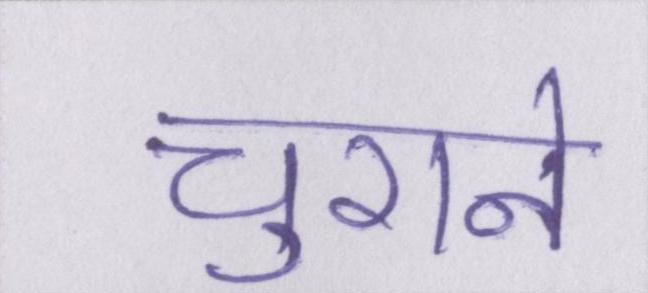
चुराने